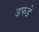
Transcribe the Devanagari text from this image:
डफडे